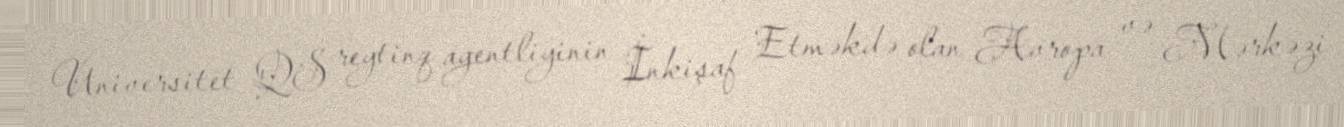
Universitet QS reytinq agentliyinin İnkişaf Etməkdə olan Avropa və Mərkəzi